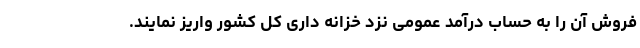
فروش آن را به حساب درآمد عمومی نزد خزانه داری کل کشور واریز نمایند.